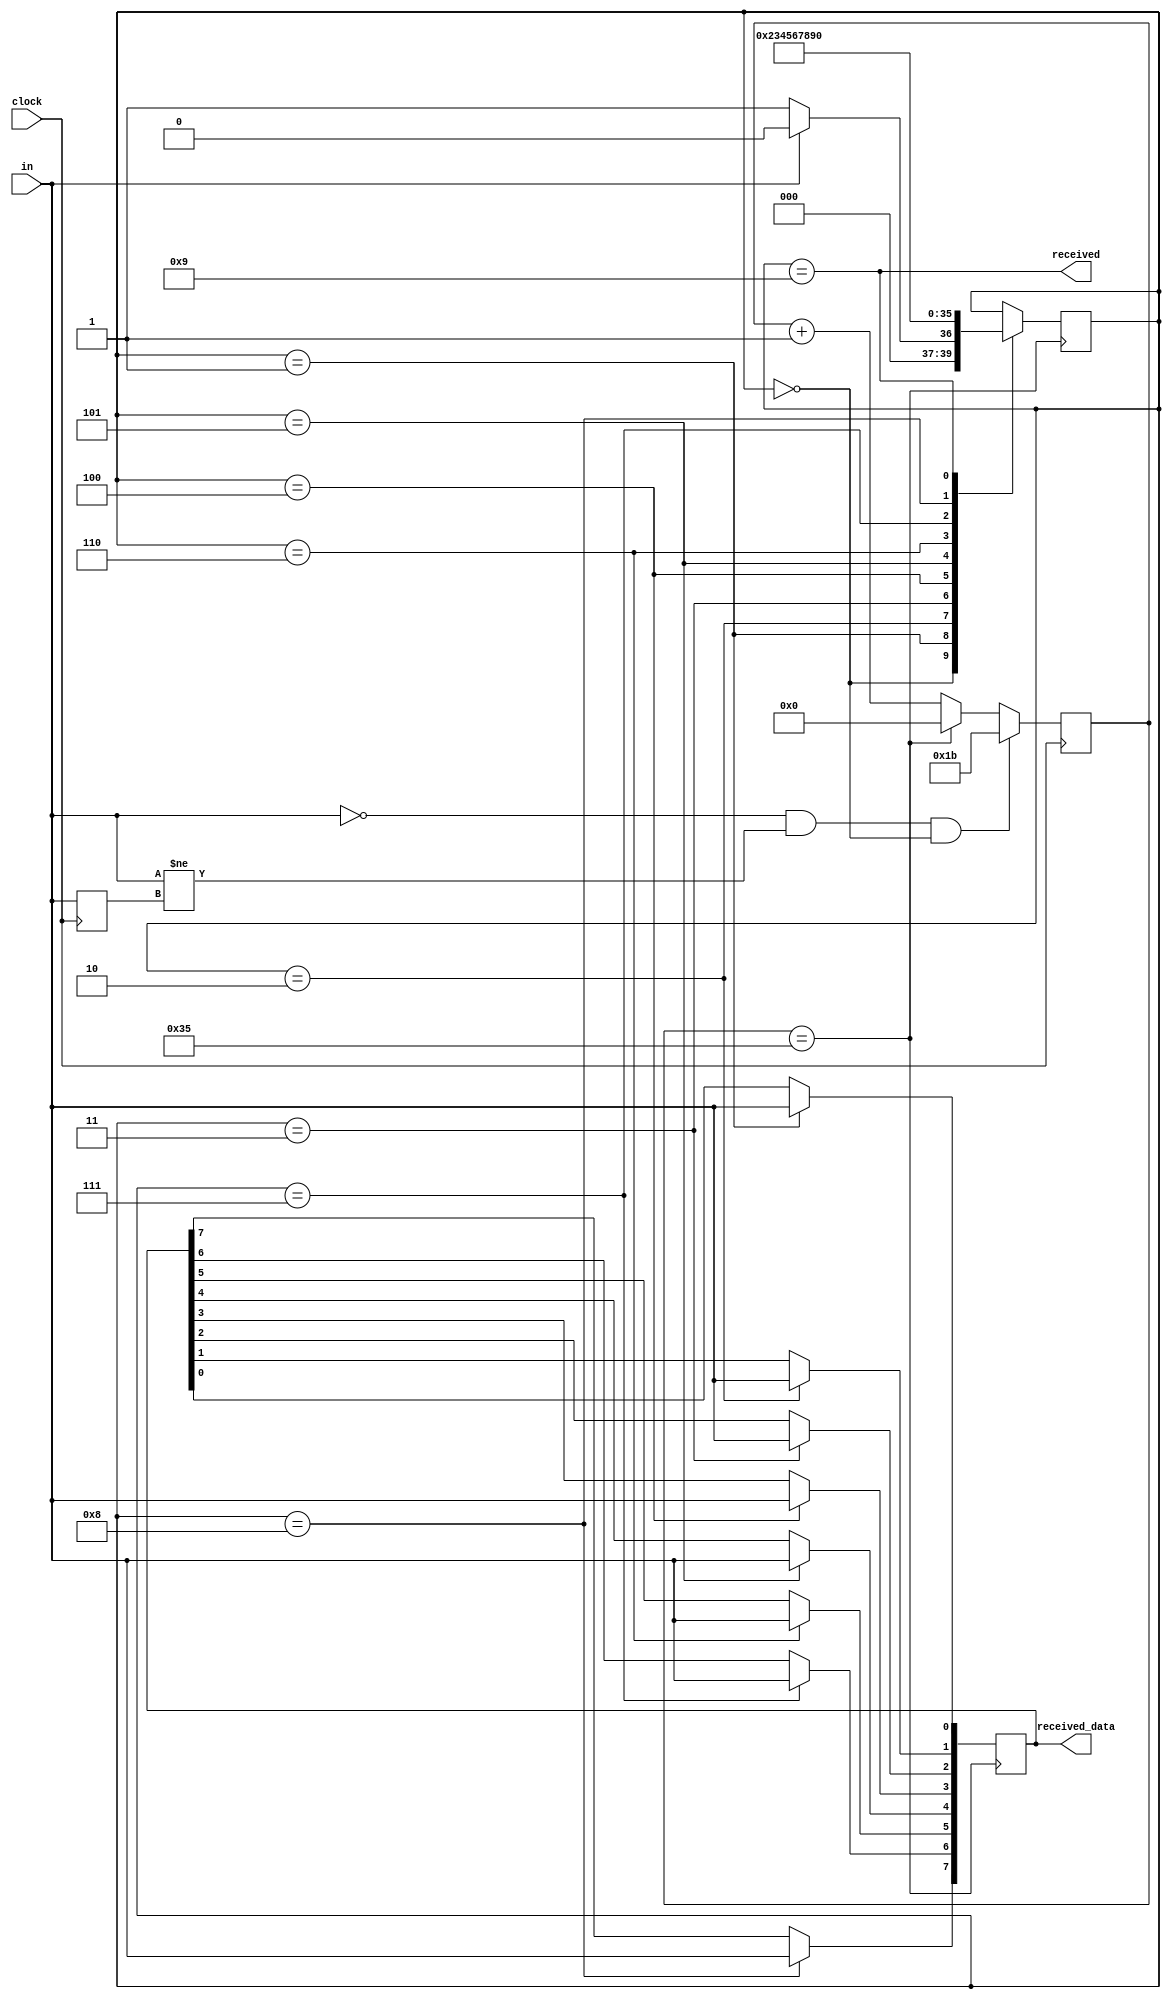
`timescale 1ns / 1ps
//////////////////////////////////////////////////////////////////////////////////
// Company: 
// Engineer: 
// 
// Design Name: 
// Module Name:    receiver 
// Project Name: 
// Target Devices: 
// Tool versions: 
// Description: 
//
// Dependencies: 
//
// Revision: 
// Revision 0.01 - File Created
// Additional Comments: 
//
//////////////////////////////////////////////////////////////////////////////////
module receiver(
		input clock,
		input in, // INPUT FROM RX
		output received, // RECEIVED DATA SIGNAL
		output [7:0] received_data
    );
	 
	parameter baud_rate = 460800,
			    clock_per_bit = 54,
			    half_clock_per_bit = 27;

	reg [7:0] data;
	assign received_data = data;

	reg [11:0] baud_cnt = 0;
	wire baud_clock = (baud_cnt == clock_per_bit - 1);

	reg [3:0] receiver_state = 0;
	assign received = (receiver_state == 9);

	//RECIEVER STATE
	always @ (posedge baud_clock) begin
		case(receiver_state) 
			0: begin
				if(in == 0) receiver_state <= 1;
				else receiver_state <= 0;
			end
			1: begin
				data[0] <= in;
				receiver_state <= 2;
			end
			2: begin
				data[1] <= in;
				receiver_state <= 3;
			end
			3: begin
				data[2] <= in;
				receiver_state <= 4;
			end
			4: begin
				data[3] <= in;
				receiver_state <= 5;
			end
			5: begin
				data[4] <= in;
				receiver_state <= 6;
			end
			6: begin 
				data[5] <= in;
				receiver_state <= 7;
			end
			7: begin 
				data[6] <= in;
				receiver_state <= 8;
			end
			8: begin
				data[7] <= in;
				receiver_state <= 9;
			end
			9: begin
				receiver_state <= 0;
			end
		endcase
	end

	//BAUD COUNTER, TO GENEREATE BAUD CLOCK
	reg before = 1;
	always @ (posedge clock) begin
		if(in == 0 && in != before && receiver_state == 0)
			baud_cnt <= half_clock_per_bit;
		else begin
			if(baud_cnt == clock_per_bit - 1)
				baud_cnt <= 0;
			else 
				baud_cnt <= baud_cnt + 1;
		end
		before <= in;
	end

endmodule